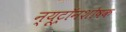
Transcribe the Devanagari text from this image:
न्यूट्रॉनशोषक